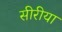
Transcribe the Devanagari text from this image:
सीरीया